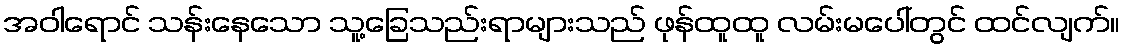
အဝါရောင် သန်းနေသော သူ့ခြေသည်းရာများသည် ဖုန်ထူထူ လမ်းမပေါ်တွင် ထင်လျက်။